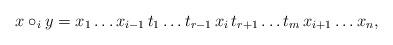
LaTeX: \begin{align*} x \circ_i y = x_1 \dots x_{i - 1} \, t_1 \dots t_{r - 1} \, x_i \, t_{r + 1} \dots t_m \, x_{i + 1} \dots x_n, \end{align*}